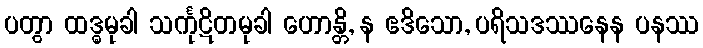
ပတွာ ထဒ္ဓမုခါ သင်္ကုဋိတမုခါ ဟောန္တိ, န ဧဒိသော, ပရိသဒဿနေန ပနဿ